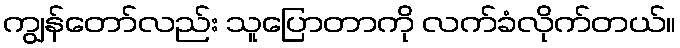
ကျွန်တော်လည်း သူပြောတာကို လက်ခံလိုက်တယ်။